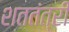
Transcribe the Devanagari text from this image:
शततंत्री